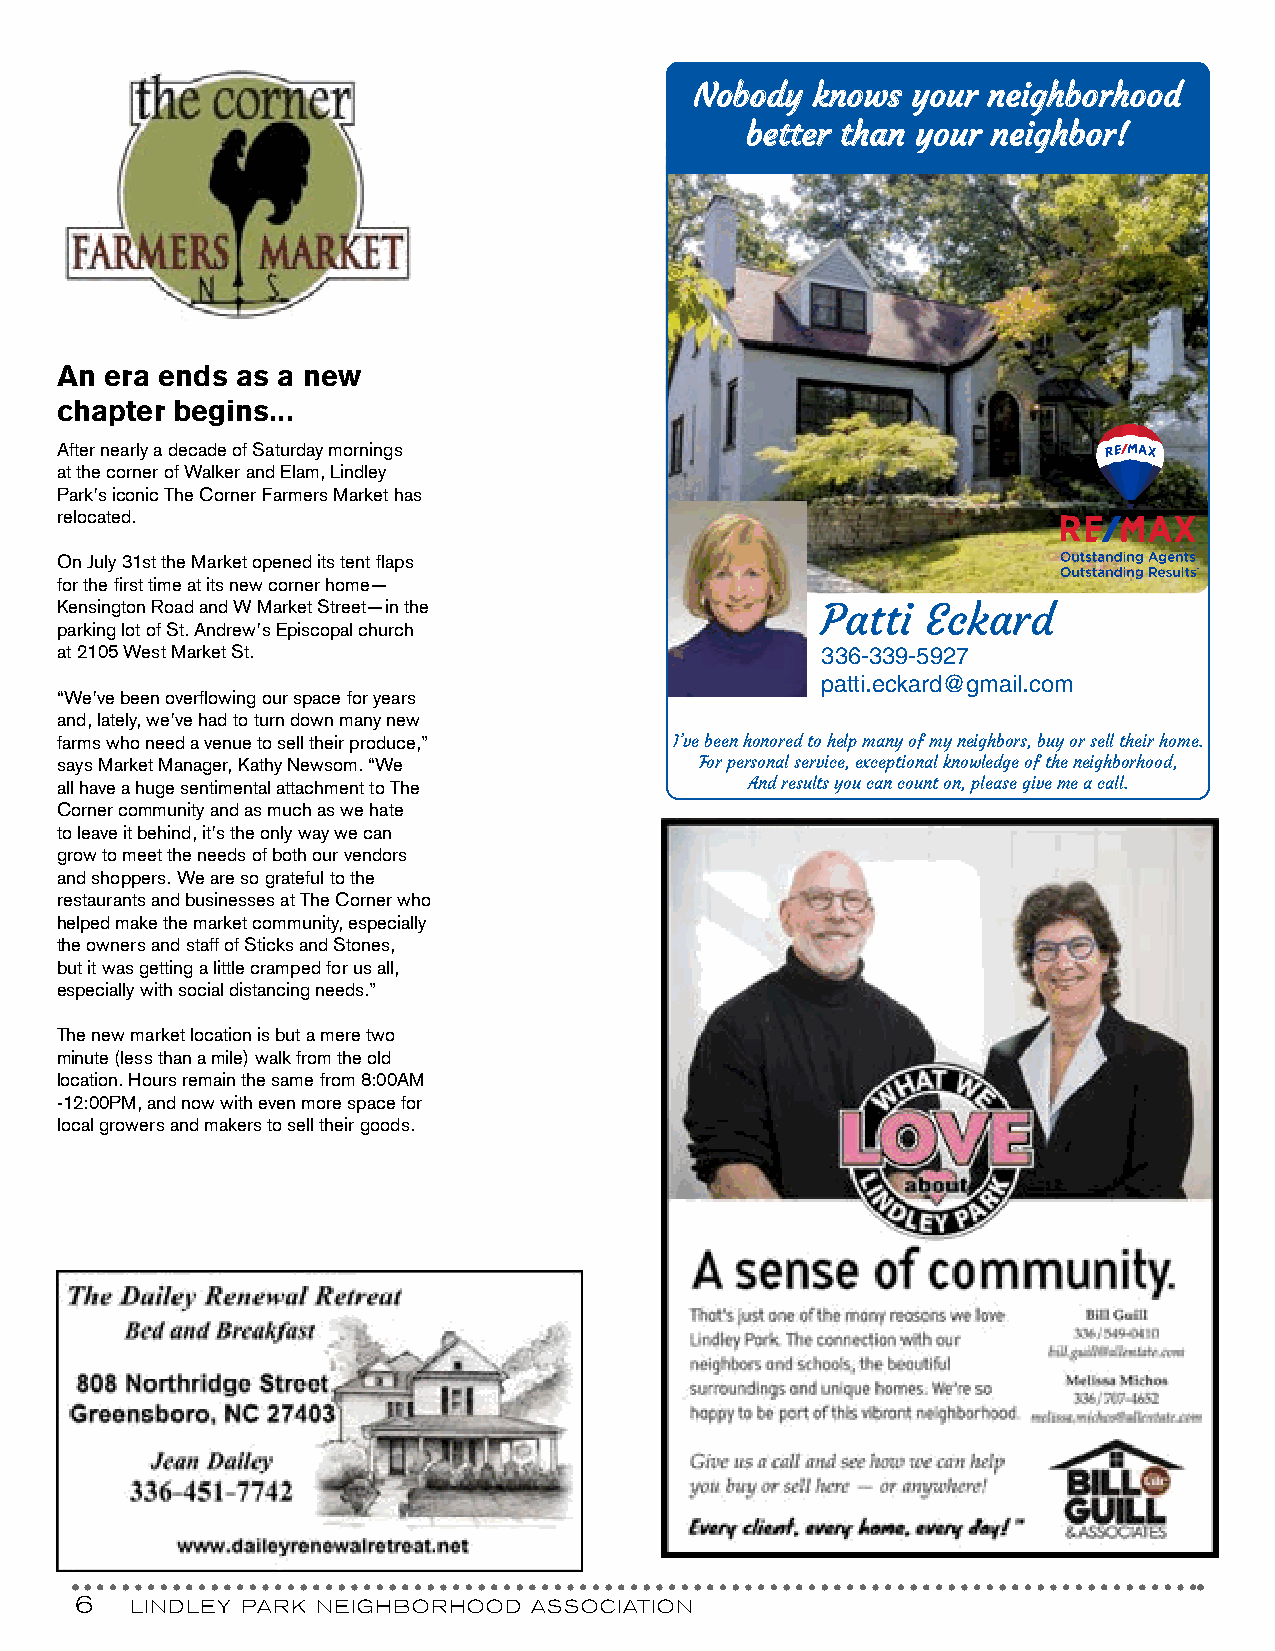
NNoobbooddyy kknnoowwss yyoouurr nneeiigghhbboorrhhoooodd
 bbeetttteerr tthhaann yyoouurr nneeiigghhbboorr!!
 An era ends as a new
 chapter begins...
 After nearly a decade of Saturday mornings
 at the corner of Walker and Elam, Lindley
 Park’s iconic The Corner Farmers Market has
 relocated.
 On July 31st the Market opened its tent flaps
 for the first time at its new corner home—
 Kensington Road and W Market Street—in the        Patti  Eckard
 parking lot of St. Andrew’s Episcopal church
 at 2105 West Market St.                           336-339-5927
 patti.eckard@gmail.com
 “We’ve been overflowing our space for years
 and, lately, we’ve had to turn down many new
 farms who need a venue to sell their produce,” I’ve been honored to help many of my neighbors, buy or sell their home.
 says Market Manager, Kathy Newsom. “We    For personal service, exceptional knowledge of the neighborhood,
 all have a huge sentimental attachment to The And results you can count on, please give me a call.
 Corner community and as much as we hate
 to leave it behind, it’s the only way we can
 grow to meet the needs of both our vendors
 and shoppers. We are so grateful to the
 restaurants and businesses at The Corner who
 helped make the market community, especially
 the owners and staff of Sticks and Stones,
 but it was getting a little cramped for us all,
 especially with social distancing needs.”
 The new market location is but a mere two
 minute (less than a mile) walk from the old
 location. Hours remain the same from 8:00AM
 -12:00PM, and now with even more space for
 local growers and makers to sell their goods.
 6   LINDLEY PARK NEIGHBORHOOD ASSOCIATION